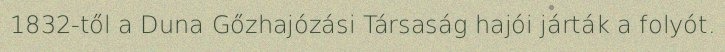
1832-től a Duna Gőzhajózási Társaság hajói járták a folyót.